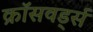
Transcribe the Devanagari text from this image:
क्रॉसवर्ड्स